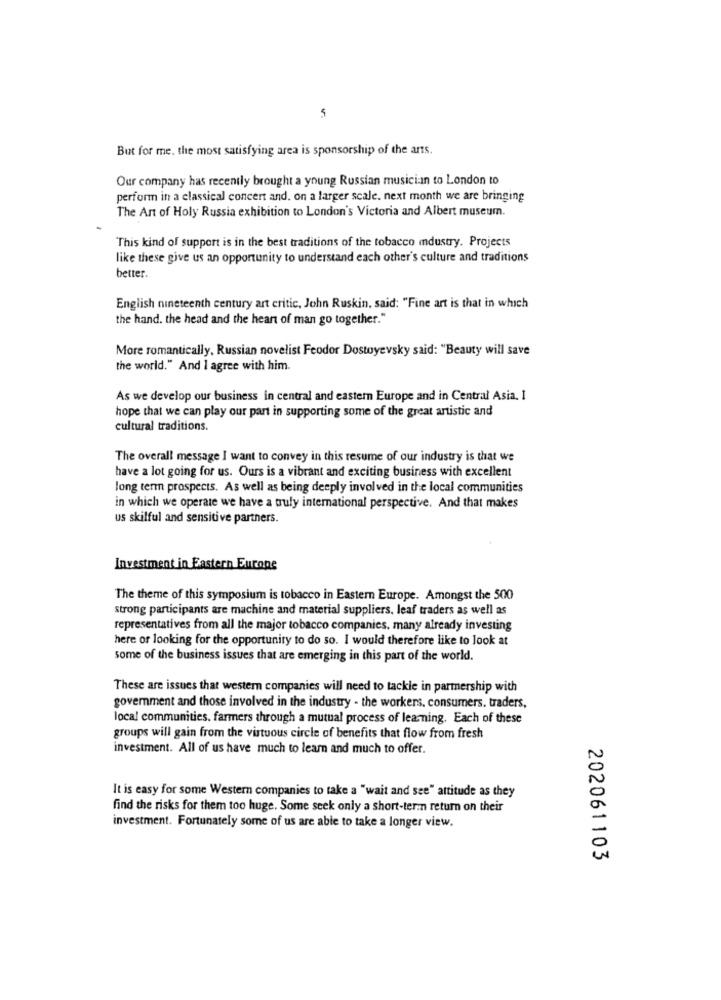
But for me, the most satisfying area is sponsorship of the arts.
Our company has recently brought a young Russian musician to London to
perform in a classical concert and. on a larger scale. next month we are bringing
The Art of Holy Russia exhibition to London's Victoria and Albert museum.
This kind of support is in the best traditions of the tobacco mdustry. Projects
like these give us an opportunity to understand each other's culture and traditions
better.
English nineteenth century art critic, John Ruskin, said: "Fine art is that in which
the hand. the head and the heart of man go together."
More romantically, Russian novelist Feodor Dostoyevsky said: "Beauty will save
the world." And I agree with him.
As we develop our business in central and eastern Europe and in Central Asia. I
hope that we can play our part in supporting some of the great artistic and
cultural traditions.
The overall message I want to convey in this resume of our industry is that we
have a lot going for us. Ours is a vibrant and exciting business with excellent
long term prospects. As well as being deeply involved in the local communities
in which we operate we have a truly international perspective. And that makes
us skilful and sensitive partners.
Investment in Eastern Eurons
The theme of this symposium is tobacco in Eastern Europe. Amongst the 500
strong participants are machine and material suppliers, leaf traders as well as
representatives from all the major tobacco companies, many already investing
here or looking for the opportunity to do so. I would therefore like to look at
some of the business issues that are emerging in this part of the world.
These are issues that western companies will need to tackle in partnership with
government and those involved in the industry - the workers. consumers. traders,
local communities. farmers through a mutual process of learning. Each of these
groups will gain from the virtuous circle of benefits that flow from fresh
investment. All of us have much to learn and much to offer.
N
0
It is easy for some Western companies to take a "wait and see" attitude as they
0
find the risks for them too huge. Some seek only a short-term return on their
investment. Fortunately some of us are able to take a longer view.
202061103